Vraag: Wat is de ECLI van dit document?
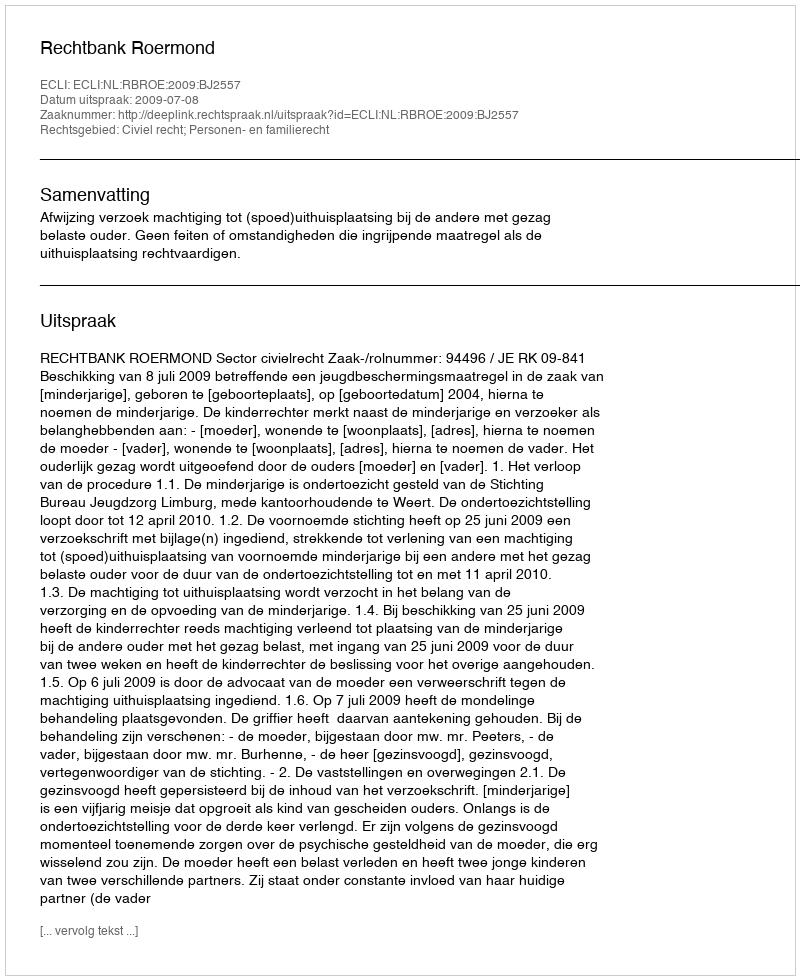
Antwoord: ECLI:NL:RBROE:2009:BJ2557